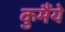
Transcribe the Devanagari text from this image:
कुमैंये